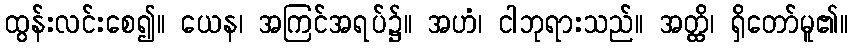
ထွန်းလင်းစေ၍။ ယေန၊ အကြင်အရပ်၌။ အဟံ၊ ငါဘုရားသည်။ အတ္ထိ၊ ရှိတော်မူ၏။